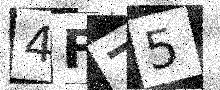
Text: 4F75